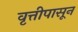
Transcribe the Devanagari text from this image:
वृत्तीपासून